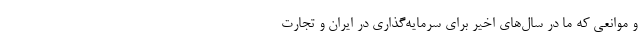
و موانعی که ما در سال‌های اخیر برای سرمایه‌گذاری در ایران و تجارت